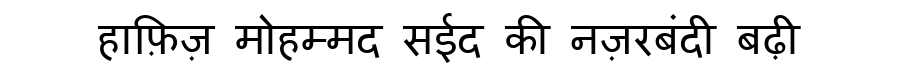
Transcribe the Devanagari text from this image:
हाफ़िज़ मोहम्मद सईद की नज़रबंदी बढ़ी